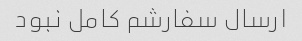
ارسال سفارشم کامل نبود